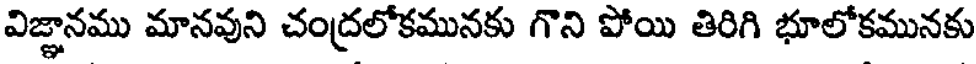
విజ్ఞానము మానవుని చంద్రలోకమునకు గొని పోయి తిరిగి భూలోకమునకు